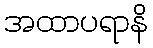
အထာပရာနိ